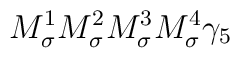
M_\sigma^1M_\sigma^2M_\sigma^3M_\sigma^4\gamma_5